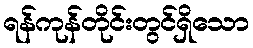
ရန်ကုန်တိုင်းတွင်ရှိသော